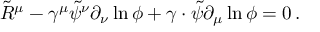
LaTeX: \tilde { R } ^ { \mu } - \gamma ^ { \mu } \tilde { \psi } ^ { \nu } \partial _ { \nu } \ln \phi + \gamma \cdot \tilde { \psi } \partial _ { \mu } \ln \phi = 0 \, .